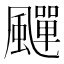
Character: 𩘾